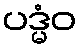
ပဒ္မံဝ